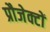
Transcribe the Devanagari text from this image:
प्रौजेक्टों